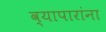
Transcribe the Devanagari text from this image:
व्यापारांना